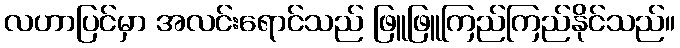
လဟာပြင်မှာ အလင်းရောင်သည် ဖြူဖြူကြည်ကြည်နိုင်သည်။